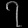
Digit: ၇